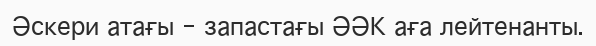
Әскери атағы - запастағы ӘӘК аға лейтенанты.